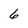
Character: 6